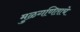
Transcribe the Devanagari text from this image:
मुळगणिताचे